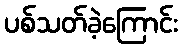
ပစ်သတ်ခဲ့ကြောင်း